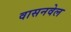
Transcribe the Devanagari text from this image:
वासनवेल